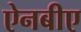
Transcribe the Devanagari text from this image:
ऐनबीए